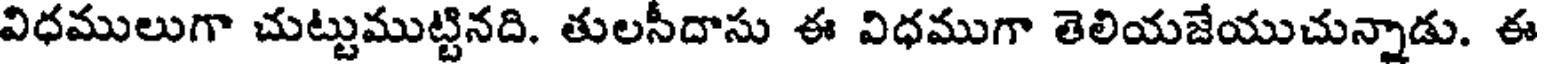
విధములుగా చుట్టుముట్టినది. తులసీదాసు ఈ విధముగా తెలియజేయుచున్నాడు. ఈ